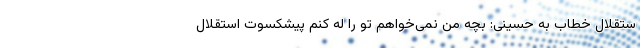
ستقلال خطاب به حسینی: بچه من نمی‌خواهم تو را لِه کنم پیشکسوت استقلال